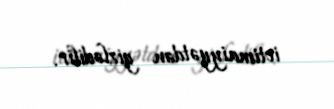
ictimaiyyətdən gizlədilir.